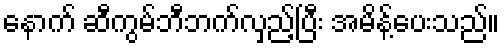
နောက် ဆီကွမ်ဘီဘက်လှည့်ပြီး အမိန့်ပေးသည်။